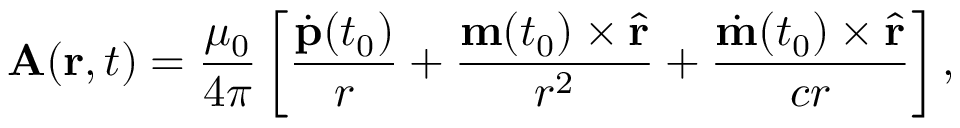
\mathbf A ( \mathbf r , t ) = \frac { \mu _ { 0 } } { 4 \pi } \left[ \frac { \dot { \mathbf p } ( t _ { 0 } ) } { r } + \frac { \mathbf m ( t _ { 0 } ) \times \hat { \mathbf r } } { r ^ { 2 } } + \frac { \dot { \mathbf m } ( t _ { 0 } ) \times \hat { \mathbf r } } { c r } \right] ,